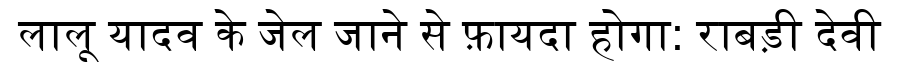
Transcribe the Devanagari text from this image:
लालू यादव के जेल जाने से फ़ायदा होगा: राबड़ी देवी